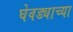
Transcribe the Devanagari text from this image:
घेवड्याच्या